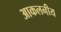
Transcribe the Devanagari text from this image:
आकलनीय